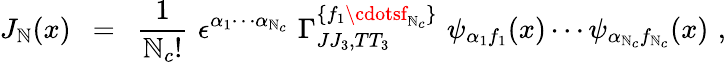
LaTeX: J_{\mathbb{N}}(x)\ \ =\ \ \frac{{1}}{{\mathbb{N}_{c}!}}\, \, \epsilon^{\alpha_{1}\cdots\alpha_{\mathbb{N}_{c}}}\, \, \Gamma_{JJ_{3},TT_{3}}^{\{ f_{1}\cdotsf_{\mathbb{N}_{c}}\} }\, \, \psi_{\alpha_{1}f_{1}}(x)\cdots\psi_{\alpha_{\mathbb{N}_{c}}f_{\mathbb{N}_{c}}}(x)\, \, ,